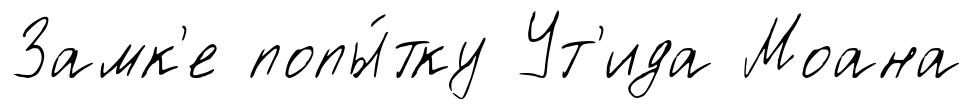
Замк'е попы́тку Ут'ида Моана